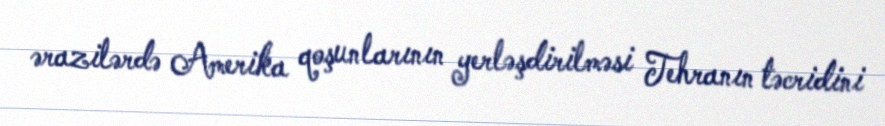
ərazilərdə Amerika qoşunlarının yerləşdirilməsi Tehranın təcridini